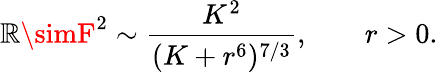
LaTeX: \mathbb{R}\simF^{2}\sim\frac{{K^{2}}}{{(K+r^{6})^{7/3}}},\; \; \; \; \; \; \; r>0.